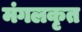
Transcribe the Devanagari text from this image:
मंगलकृत